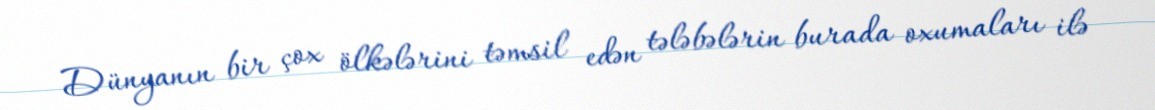
Dünyanın bir çox ölkələrini təmsil edən tələbələrin burada oxumaları ilə